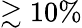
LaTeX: \gtrsim 10\%